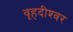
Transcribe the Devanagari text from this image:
वृहदीश्‍वर